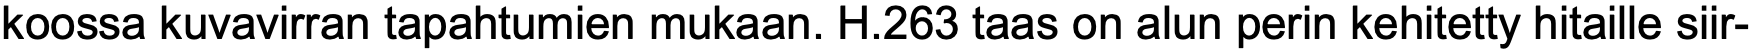
koossa kuvavirran tapahtumien mukaan. H.263 taas on alun perin kehitetty hitaille siir-